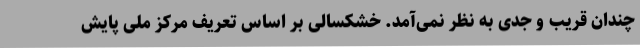
چندان قریب و جدی به نظر نمی‌آمد. خشکسالی بر اساس تعریف مرکز ملی پایش